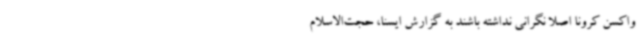
واکسن کرونا اصلا نگرانی نداشته باشند به گزارش ایسنا، حجت‌الاسلام